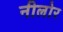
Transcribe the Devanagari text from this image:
नीलोर